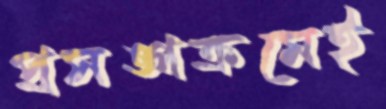
প্রসঙ্গক্রমেই